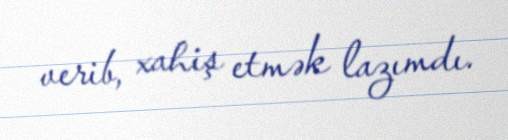
verib, xahiş etmək lazımdı.